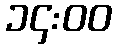
၁၄:၀၀